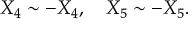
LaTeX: X _ { 4 } \sim - X _ { 4 } , \ \ \ X _ { 5 } \sim - X _ { 5 } .